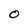
Character: O